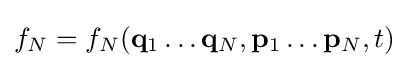
f_{N}=f_{N}(\mathbf {q} _{1}\dots \mathbf {q} _{N},\mathbf {p} _{1}\dots \mathbf {p} _{N},t)